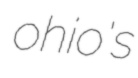
ohio's